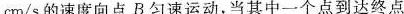
cm/s的速度向点B匀速运动，当其中一个点到达终点